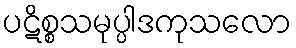
ပဋိစ္စသမုပ္ပါဒကုသလော